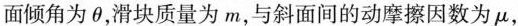
面倾角为θ，滑块质量为m，与斜面间的动摩擦因数为μ，